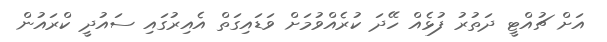
އަށް ޗުއްޓީ ދަތުރު ފުޅެއް ހޭދަ ކުރެއްވުމަށް ވަޑައިގަތް އެއިރުގައި ސައުދީ ކްރައުން